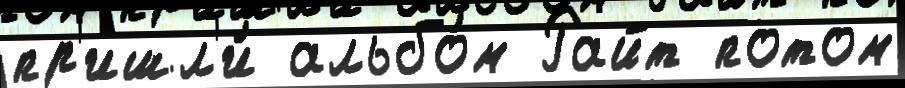
пр'ишл'и́ альбо́м Райт потом